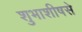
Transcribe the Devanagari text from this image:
शुभाशीषसे